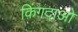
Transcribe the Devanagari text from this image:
क़िंगदाओ